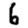
Digit: 6